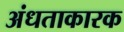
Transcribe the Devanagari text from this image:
अंधताकारक